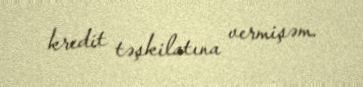
kredit təşkilatına vermişəm.